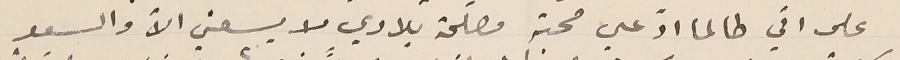
على اني طالما ادّعي محبة مصلحة بلادي لا يسعني الاّ والسير